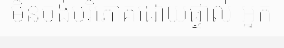
មិនចង់បរិភោគដោយផ្ទាល់ អ្នក